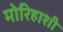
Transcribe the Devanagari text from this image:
मोरिहाशी